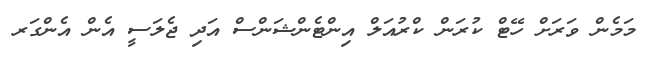
މަމެން ވަރަށް ހޭޓް ކުރަން ކްރުއަލް އިންޓެންޝަންސް އަދި ޖެލަސީ އެން އެންގަރ